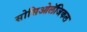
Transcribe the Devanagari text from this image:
सोसिओलॅजिकल